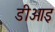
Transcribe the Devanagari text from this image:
डीओइ